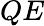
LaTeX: QE